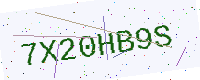
Text: 7X20HB9S